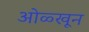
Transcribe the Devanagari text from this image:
ओळ्खून